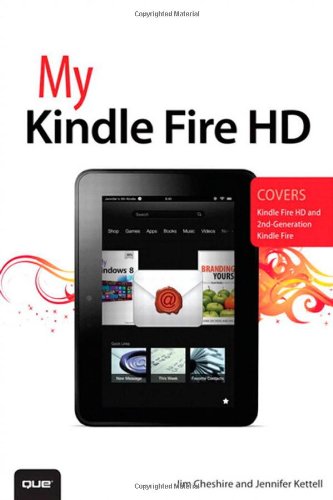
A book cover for My Kindle Fire HD; Jim Cheshire; Computers & Technology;